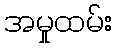
အမှုထမ်း